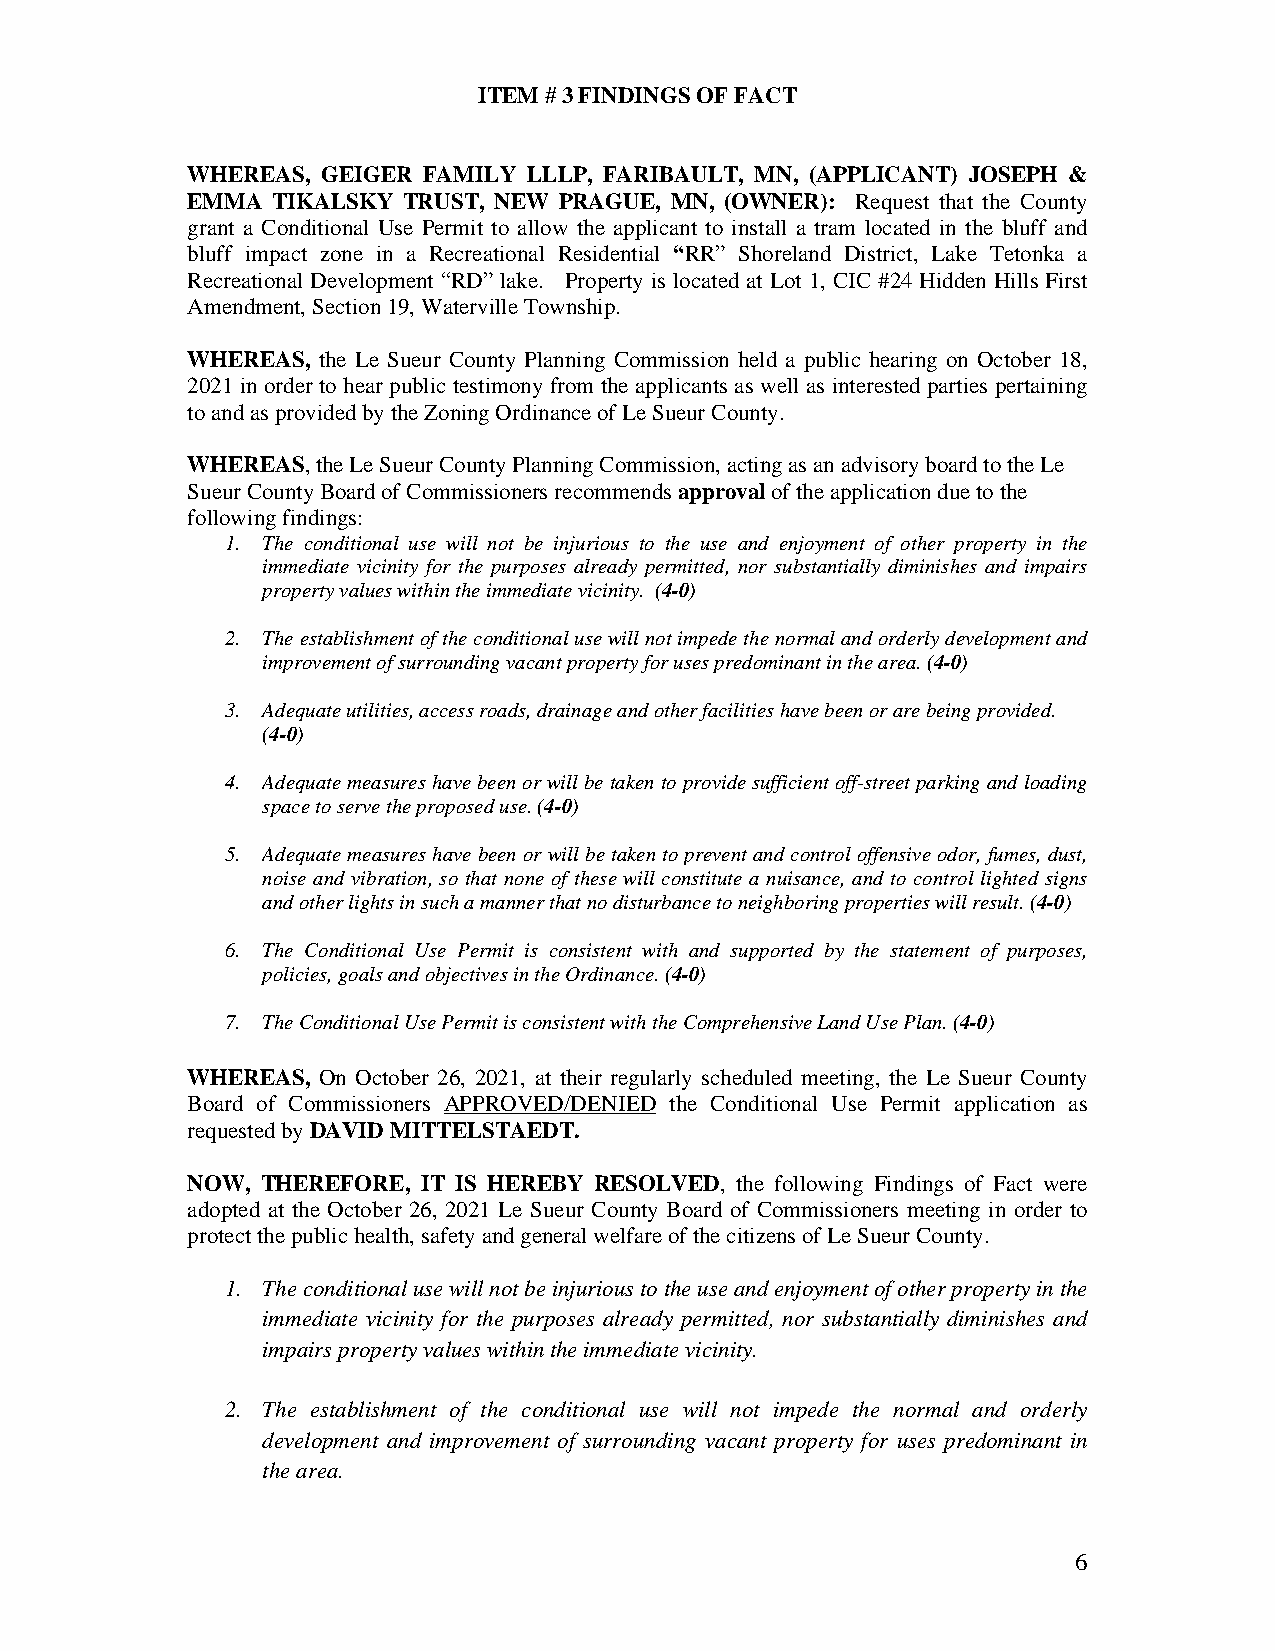
ITEM # 3 FINDINGS OF FACT
 WHEREAS, GEIGER FAMILY LLLP, FARIBAULT, MN, (APPLICANT) JOSEPH &
 EMMA  TIKALSKY TRUST, NEW PRAGUE, MN, (OWNER): Request that the County
 grant a Conditional Use Permit to allow the applicant to install a tram located in the bluff and
 bluff impact zone in a Recreational Residential “RR” Shoreland District, Lake Tetonka a
 Recreational Development “RD” lake. Property is located at Lot 1, CIC #24 Hidden Hills First
 Amendment, Section 19, Waterville Township.
 WHEREAS, the Le Sueur County Planning Commission held a public hearing on October 18,
 2021 in order to hear public testimony from the applicants as well as interested parties pertaining
 to and as provided by the Zoning Ordinance of Le Sueur County.
 WHEREAS, the Le Sueur County Planning Commission, acting as an advisory board to the Le
 Sueur County Board of Commissioners recommends approval of the application due to the
 following findings:
 1. The conditional use will not be injurious to the use and enjoyment of other property in the
 immediate vicinity for the purposes already permitted, nor substantially diminishes and impairs
 property values within the immediate vicinity. (4-0)
 2. The establishment of the conditional use will not impede the normal and orderly development and
 improvement of surrounding vacant property for uses predominant in the area. (4-0)
 3. Adequate utilities, access roads, drainage and other facilities have been or are being provided.
 (4-0)
 4. Adequate measures have been or will be taken to provide sufficient off-street parking and loading
 space to serve the proposed use. (4-0)
 5. Adequate measures have been or will be taken to prevent and control offensive odor, fumes, dust,
 noise and vibration, so that none of these will constitute a nuisance, and to control lighted signs
 and other lights in such a manner that no disturbance to neighboring properties will result. (4-0)
 6. The Conditional Use Permit is consistent with and supported by the statement of purposes,
 policies, goals and objectives in the Ordinance. (4-0)
 7. The Conditional Use Permit is consistent with the Comprehensive Land Use Plan. (4-0)
 WHEREAS, On October 26, 2021, at their regularly scheduled meeting, the Le Sueur County
 Board of Commissioners APPROVED/DENIED the Conditional Use Permit application as
 requested by DAVID MITTELSTAEDT.
 NOW, THEREFORE, IT IS HEREBY RESOLVED, the following Findings of Fact were
 adopted at the October 26, 2021 Le Sueur County Board of Commissioners meeting in order to
 protect the public health, safety and general welfare of the citizens of Le Sueur County.
 1. The conditional use will not be injurious to the use and enjoyment of other property in the
 immediate vicinity for the purposes already permitted, nor substantially diminishes and
 impairs property values within the immediate vicinity.
 2. The establishment of the conditional use will not impede the normal and orderly
 development and improvement of surrounding vacant property for uses predominant in
 the area.
 6